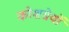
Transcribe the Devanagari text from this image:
कोशग्रेथों